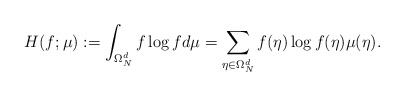
\begin{align*} H(f;\mu) := \int_{\Omega_N^d} f \log f d \mu = \sum_{\eta\in\Omega_N^d} f(\eta)\log f(\eta)\mu(\eta).\end{align*}